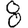
Digit: 8